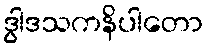
ဒွါဒသကနိပါတော